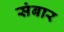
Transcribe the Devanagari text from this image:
संबार